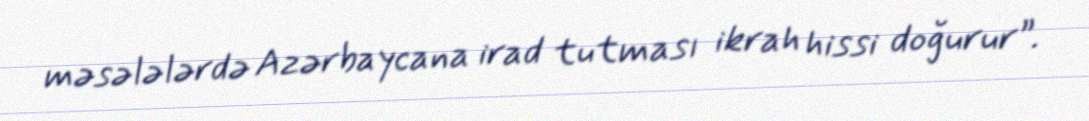
məsələlərdə Azərbaycana irad tutması ikrah hissi doğurur”.